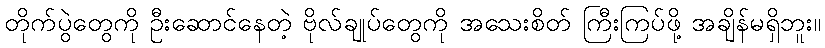
တိုက်ပွဲတွေကို ဦးဆောင်နေတဲ့ ဗိုလ်ချုပ်တွေကို အသေးစိတ် ကြီးကြပ်ဖို့ အချိန်မရှိဘူး။